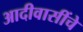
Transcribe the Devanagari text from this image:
आदीवासींचे